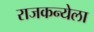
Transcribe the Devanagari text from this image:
राजकन्येला